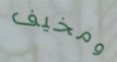
ومخيف